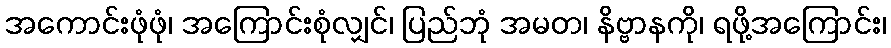
အကောင်းဖုံဖုံ၊ အကြောင်းစုံလျှင်၊ ပြည်ဘုံ အမတ၊ နိဗ္ဗာနကို၊ ရဖို့အကြောင်း၊